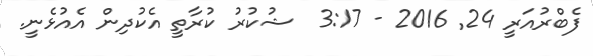
ފެބްރުއަރީ 24